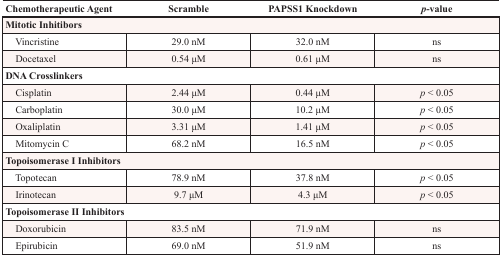
<table><thead><tr><td><b>Chemotherapeutic Agent</b></td><td><b>Scramble</b></td><td><b>PAPSS1 Knockdown</b></td><td><b><i>p</i>-value</b></td></tr></thead><tbody><tr><td colspan="4"><b>Mitotic Inhitibors</b></td></tr><tr><td> Vincristine</td><td>29.0 nM</td><td>32.0 nM</td><td>ns</td></tr><tr><td> Docetaxel</td><td>0.54 μM</td><td>0.61 μM</td><td>ns</td></tr><tr><td colspan="4"><b>DNA Crosslinkers</b></td></tr><tr><td> Cisplatin</td><td>2.44 μM</td><td>0.44 μM</td><td><i>p</i> &lt; 0.05</td></tr><tr><td> Carboplatin</td><td>30.0 μM</td><td>10.2 μM</td><td><i>p</i> &lt; 0.05</td></tr><tr><td> Oxaliplatin</td><td>3.31 μM</td><td>1.41 μM</td><td><i>p</i> &lt; 0.05</td></tr><tr><td> Mitomycin C</td><td>68.2 nM</td><td>16.5 nM</td><td><i>p</i> &lt; 0.05</td></tr><tr><td colspan="4"><b>Topoisomerase I Inhibitors</b></td></tr><tr><td> Topotecan</td><td>78.9 nM</td><td>37.8 nM</td><td><i>p</i> &lt; 0.05</td></tr><tr><td> Irinotecan</td><td>9.7 μM</td><td>4.3 μM</td><td><i>p</i> &lt; 0.05</td></tr><tr><td colspan="4"><b>Topoisomerase II Inhibitors</b></td></tr><tr><td> Doxorubicin</td><td>83.5 nM</td><td>71.9 nM</td><td>ns</td></tr><tr><td> Epirubicin</td><td>69.0 nM</td><td>51.9 nM</td><td>ns</td></tr></tbody></table>